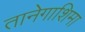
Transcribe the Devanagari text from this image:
तानेगाशिमा